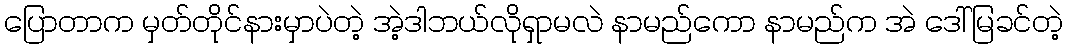
ပြောတာက မှတ်တိုင်နားမှာပဲတဲ့ အဲ့ဒါဘယ်လိုရှာမလဲ နာမည်ကော နာမည်က အဲ ဒေါ်မြခင်တဲ့